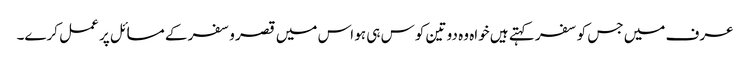
عرف میں جس کو سفر کہتے ہیں خواہ وہ دو تین کوس ہی ہو اس میں قصر وسفر کے مسائل پر عمل کرے۔